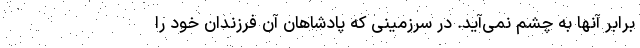
برابر آنها به چشم نمی‌آید. در سرزمینی که پادشاهان آن فرزندان خود را